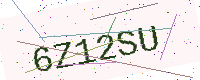
Text: 6Z12SU